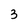
Character: 3